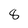
Character: 8